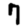
Digit: 7